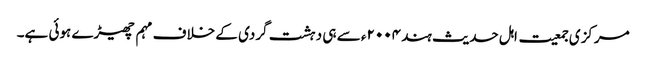
مرکزی جمعیت اہل حدیث ہند ۲۰۰۴ء سے ہی دہشت گردی کے خلاف مہم چھیڑے ہوئی ہے۔